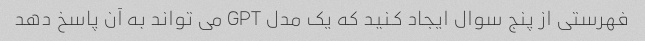
فهرستی از پنج سوال ایجاد کنید که یک مدل GPT می تواند به آن پاسخ دهد